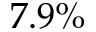
7 . 9 \%